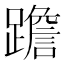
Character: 䠨